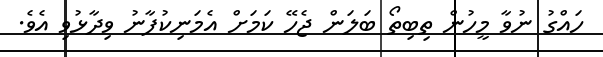
ހައްގު ނުވާ މީހުން ތިބިތޯ ބަލަން ޖެހޭ ކަމަށް އެމަނިކުފާނު ވިދާޅުވި އެވެ.